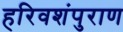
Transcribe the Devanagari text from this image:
हरिवशंपुराण